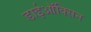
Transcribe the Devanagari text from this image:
डाईऑक्सिन